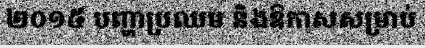
២០១៥ បញ្ហាប្រឈម និងឱកាសសម្រាប់